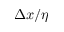
\Delta x / \eta